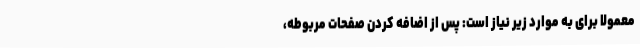
معمولاً برای به موارد زیر نیاز است: پس از اضافه کردن صفحات مربوطه،